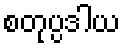
စတုပ္ပဒါယ